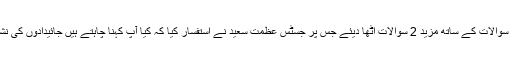
انھوں نے کہا کہ جے آئی ٹی نے 13 سوالات کے ساتھ مزید 2 سوالات اٹھا دیئے جس پر جسٹس عظمت سعید نے استفسار کیا کہ کیا آپ کہنا چاہتے ہیں جائیدادوں کی نشاندہی جے آئی ٹی کا مینڈیٹ نہیں تھا۔